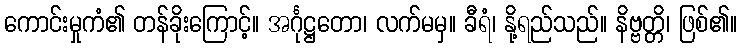
ကောင်းမှုကံ၏ တန်ခိုးကြောင့်။ အင်္ဂုဋ္ဌတော၊ လက်မမှ။ ခီရံ၊ နို့ရည်သည်။ နိဗ္ဗတ္တိ၊ ဖြစ်၏။